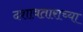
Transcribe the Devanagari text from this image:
दशावताराच्या